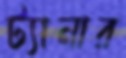
ট্যানার